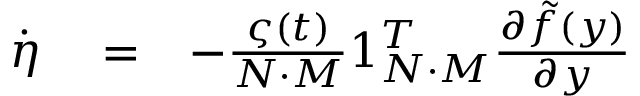
\begin{array} { r l r } { \dot { \eta } } & { { } = } & { - \frac { \varsigma ( t ) } { N \cdot M } 1 _ { N \cdot M } ^ { T } \frac { \partial \tilde { f } ( y ) } { \partial y } } \end{array}